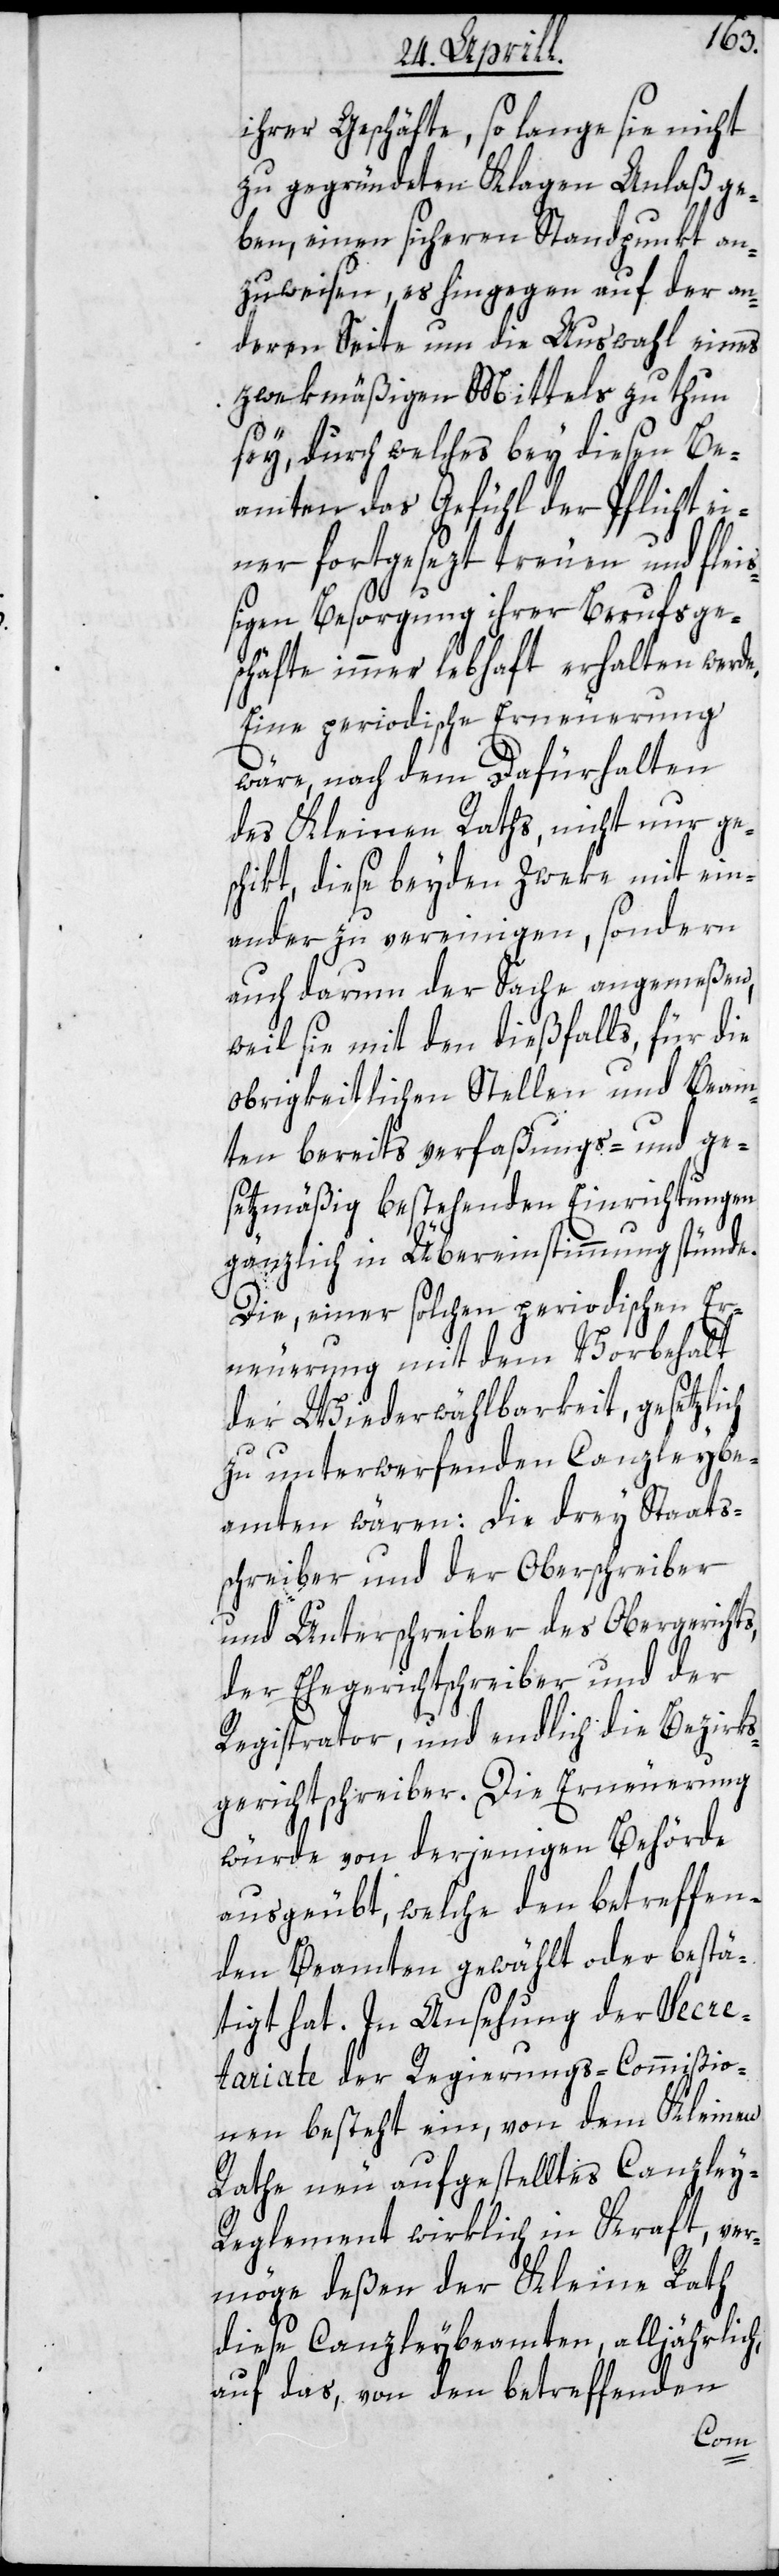
ihrer Geschäfte, so lange sie nicht
zu gegründeten Klagen Anlaß ge¬
ben, einen sichern Standpunkt an¬
zuweisen, es hingegen auf der an¬
deren Seite um die Auswahl eines
zwekmäßigen Mittels zu thun
sey, durch welches bey diesen Be¬
amten das Gefühl der Pflicht ei¬
ner fortgesezten treuen und fleiß¬
igen Besorgung ihrer Berufsge¬
schäfte immer lebhaft erhalten werde.
Eine periodische Erneuerung
wäre, nach dem Dafürhalten
des Kleinen Raths, nicht nur ge¬
schikt, diese beyden Zweke mit ein¬
ander zu vereinigen, sondern
auch darum der Sache angemeßen,
weil sie mit den dießfalls für die
obrigkeitlichen Stellen und Beam¬
ten bereits verfaßungs- und ge¬
setzmäßig bestehenden Einrichtungen
gänzlich in Übereinstimmung stünde.
Die, einer solchen periodischen Er¬
neuerung mit dem Vorbehalt
der Wiederwählbarkeit, gesetzlich
zu unterwerfenden Canzleybe¬
amten wären: die drey Staats¬
schreiber und der Oberschreiber
und Unterschreiber des Obergerichts,
der Ehegerichtsschreiber und der
Registrator, und endlich die Bezirks¬
gerichtschreiber. Die Erneuerung
würde von derjenigen Behörde
ausgeübt, welche den betreffen¬
den Beamten gewählt oder bestä¬
tigt hat. In Ansehung der Secre¬
tariate der Regierungs-Commißio¬
nen besteht ein, von dem Kleinen
Rathe neu aufgestelltes Canzley-R¬
eglement wirklich in Kraft, ver¬
möge deßen der Kleine Rath
diese Canzleybeamten, alljährlich,
auf das, von den betreffenden